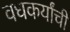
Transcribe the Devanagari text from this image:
वधकर्यांची